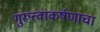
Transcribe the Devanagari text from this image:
गुरूत्वाकर्षणाचा